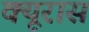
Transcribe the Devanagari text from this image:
क्यूरास